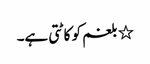
٭ بلغم کو کاٹتی ہے۔